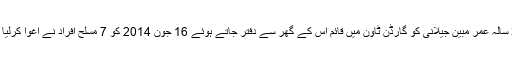
33 سالہ عمر مبین جیلانی کو گارڈن ٹاؤن میں قائم اس کے گھر سے دفتر جاتے ہوئے 16 جون 2014 کو 7 مسلح افراد نے اغوا کرلیا تھا۔